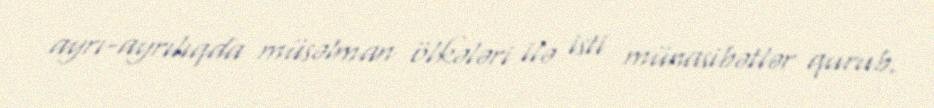
ayrı-ayrılıqda müsəlman ölkələri ilə isti münasibətlər qurub.